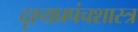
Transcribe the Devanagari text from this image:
दृश्यप्रपंचशास्त्र